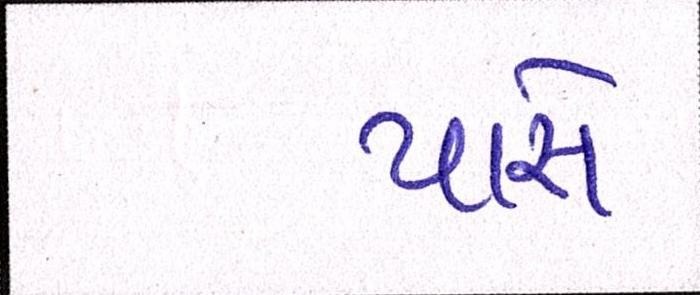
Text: પારો